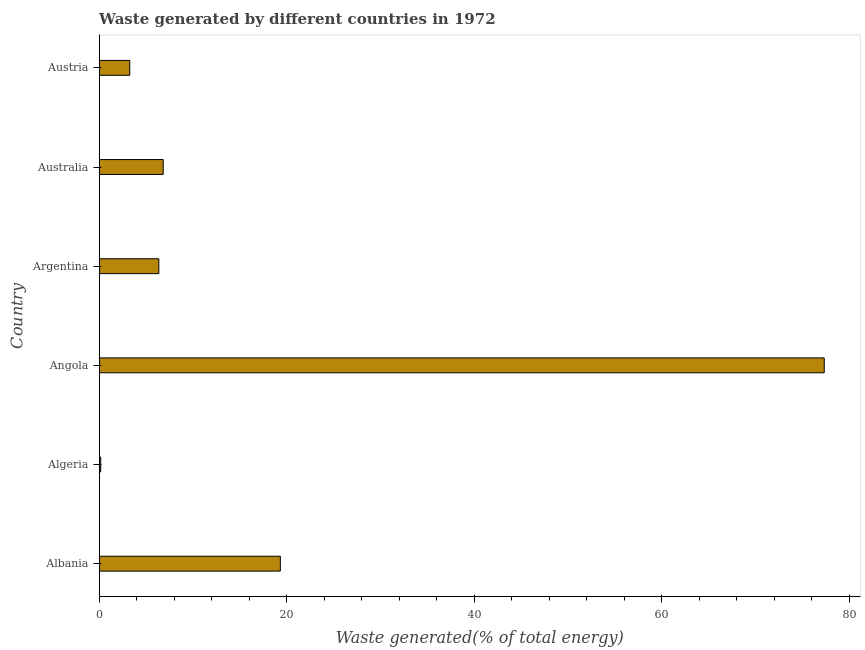
| Country | Combustible renewables and waste (% of total energy) |
 | --- | --- |
 | Albania | 19.3 |
 | Algeria | 0.159 |
 | Angola | 77.3 |
 | Argentina | 6.36 |
 | Australia | 6.82 |
 | Austria | 3.26 |